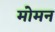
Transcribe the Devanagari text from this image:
मोमन